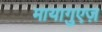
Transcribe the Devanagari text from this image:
मायागुएज़